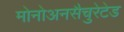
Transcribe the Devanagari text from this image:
मोनोअनसैचुरेटेड